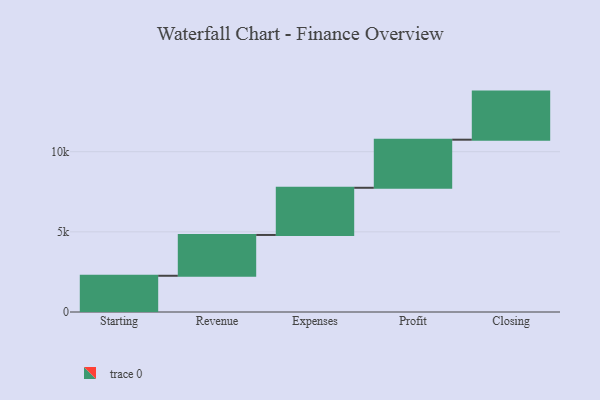
{"axis": {"x": "Step", "y": "Value"}, "legend": [""], "data": [{"x": "Starting", "y": 2260.0, "type": ""}, {"x": "Revenue", "y": 2546.0, "type": ""}, {"x": "Expenses", "y": 2943.0, "type": ""}, {"x": "Profit", "y": 3000, "type": ""}, {"x": "Closing", "y": 3000, "type": ""}]}